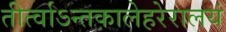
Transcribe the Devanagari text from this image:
तीर्त्वाऽन्तकालेहरेरालयं